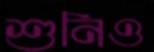
শুনিও